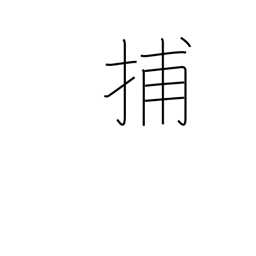
Meaning: capture